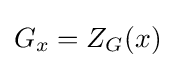
G_{x}=Z_{G}(x)